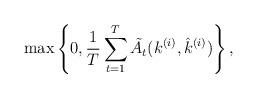
LaTeX: \begin{align*}\max\left\{0, \frac{1}{T}\sum_{t=1}^T\tilde{A}_{t}(k^{(i)},\hat{k}^{(i)})\right\},\end{align*}